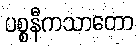
ပစ္စနီကသာတော